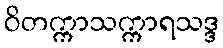
ဝိတက္ကာသက္ကာရသဒ္ဒ